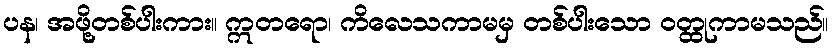
ပန၊ အဖို့တစ်ပါးကား။ ဣတရော၊ ကိလေသကာမမှ တစ်ပါးသော ဝတ္ထုကာမသည်။